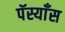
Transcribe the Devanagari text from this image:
पॅस्याँस